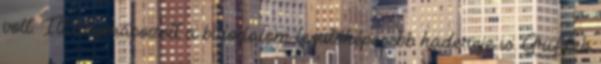
volt. Itt állomásozott a birodalom legütőképesebb hadereje is. Griffek